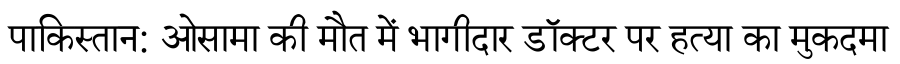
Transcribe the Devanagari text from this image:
पाकिस्तान: ओसामा की मौत में भागीदार डॉक्टर पर हत्या का मुकदमा